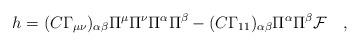
LaTeX: \begin{align*}h=(C\Gamma_{\mu\nu})_{\alpha\beta}\Pi^\mu\Pi^\nu\Pi^\alpha\Pi^\beta -(C\Gamma_{11})_{\alpha\beta}\Pi^\alpha\Pi^\beta {\cal F} \quad , \end{align*}